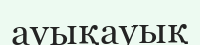
ауықауық